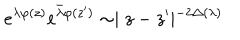
e ^ { \lambda \varphi ( z ) } e ^ { \bar { \lambda } \varphi ( z ^ { \prime } ) } \sim \mid z - z ^ { \prime } \mid ^ { - 2 \Delta ( \lambda ) }